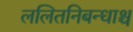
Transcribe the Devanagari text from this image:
ललितनिबन्धाश्च